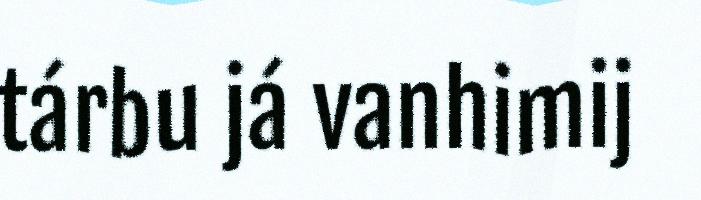
tárbu já vanhimij